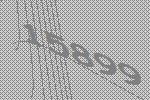
15899